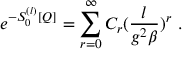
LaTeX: e ^ { - S _ { 0 } ^ { ( l ) } [ Q ] } = \sum _ { r = 0 } ^ { \infty } { \cal C } _ { r } ( \frac { l } { g ^ { 2 } \beta } ) ^ { r } \ .